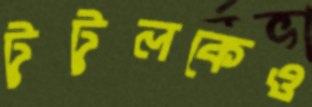
টুটুলকেও